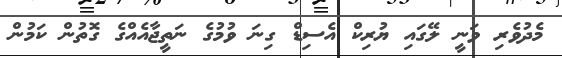
މެދުވެރި ވަނީ ލޭގައި ޔުރިކް އެސިޑް ގިނަ ވުމުގެ ނަތީޖާއެއްގެ ގޮތުން ކަމުން